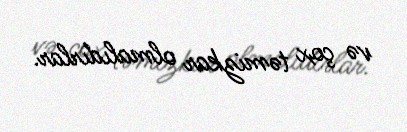
və çox təmizkar olmalıdırlar.